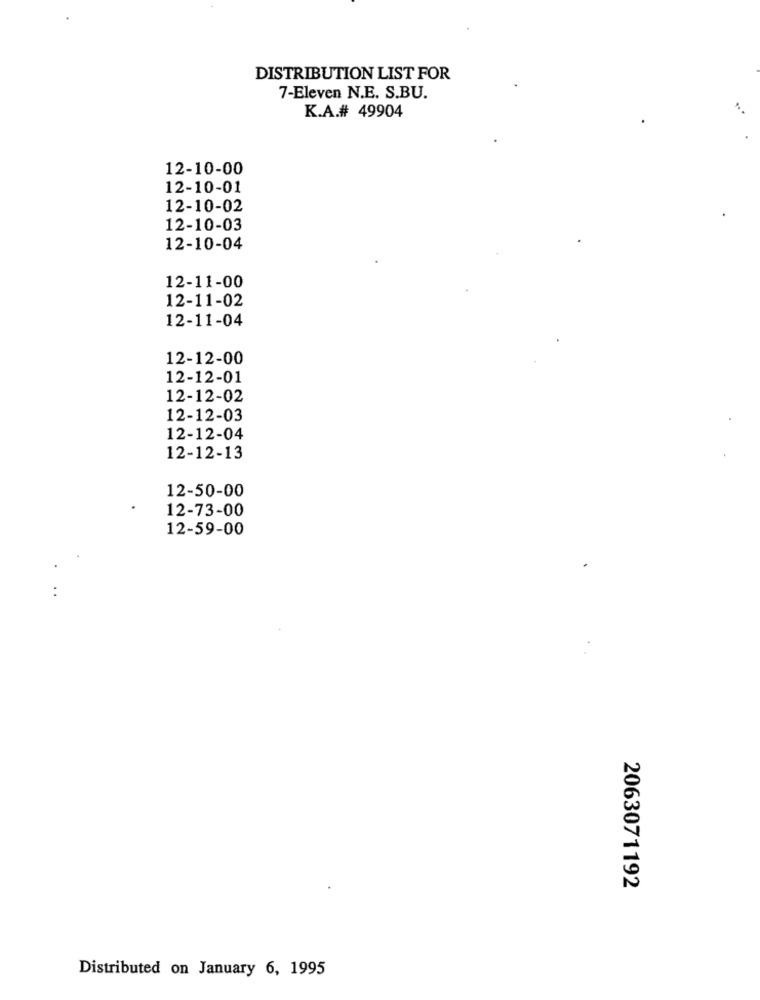
DISTRIBUTION LIST FOR
7-Eleven N.E. S.BU.
K.A.# 49904
12-10-00
12-10-01
12-10-02
12-10-03
12-10-04
12-11-00
12-11-02
12-11-04
12-12-00
12-12-01
12-12-02
12-12-03
12-12-04
12-12-13
12-50-00
12-73-00
12-59-00
:
2063071192
Distributed on January 6, 1995